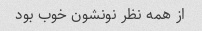
از همه نظر نونشون خوب بود